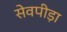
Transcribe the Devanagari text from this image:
सेवपीड़ा